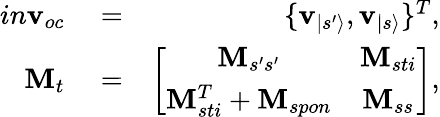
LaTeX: \begin{array}{rlr}{in\mathbf{v}_{oc}}&{{}=}&{\{ \mathbf{v}_{|s^{\prime}\rangle},\mathbf{v}_{|s\rangle}\} ^{T},}\\ {\mathbf{M}_{t}}&{{}=}&{\left[\begin{array}{cc}{\mathbf{M}_{s^{\prime}s^{\prime}}}&{\mathbf{M}_{sti}}\\ {\mathbf{M}_{sti}^{T}+\mathbf{M}_{spon}}&{\mathbf{M}_{ss}}\end{array}\right],}\end{array}